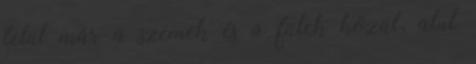
felül már a szemek és a fülek közül, alul